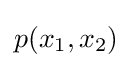
p(x_{1},x_{2})